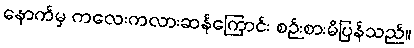
နောက်မှ ကလေးကလားဆန်ကြောင်း စဉ်းစားမိပြန်သည်။